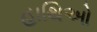
હાથિઓ